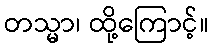
တသ္မာ၊ ထို့ကြောင့်။